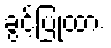
ခွင့်ပြုထား